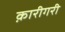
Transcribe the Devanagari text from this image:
क़ारीगरी